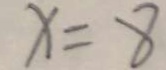
x = 8